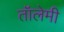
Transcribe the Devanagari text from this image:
तॉलेमी